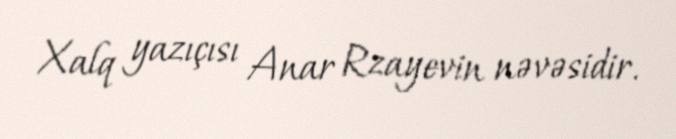
Xalq yazıçısı Anar Rzayevin nəvəsidir.